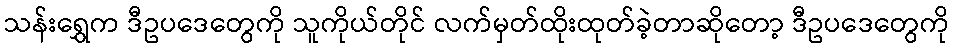
သန်းရွှေက ဒီဥပဒေတွေကို သူကိုယ်တိုင် လက်မှတ်ထိုးထုတ်ခဲ့တာဆိုတော့ ဒီဥပဒေတွေကို